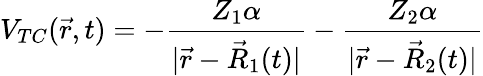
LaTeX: V_{TC}(\vec{r},t)=-\frac{Z_{1}\alpha}{|\vec{r}-\vec{R}_{1}(t)|}-\frac{Z_{2}\alpha}{|\vec{r}-\vec{R}_{2}(t)|}